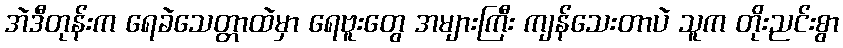
အဲဒီတုန်းက ရေခဲသေတ္တာထဲမှာ ရေဗူးတွေ အများကြီး ကျန်သေးတာပဲ သူက တိုးညင်းစွာ